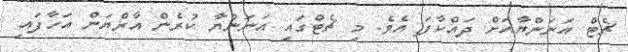
ޗެޓް އަނަންޔާއަށް ދައްކާފަ އެވެ. މި ޗެޓްގައި އަނަންޔާ ކުރެން އާރްޔަން އަހާފައި